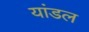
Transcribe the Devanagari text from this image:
यांडल